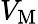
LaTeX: V_{\mathrm{{M}}}